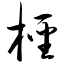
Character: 柽